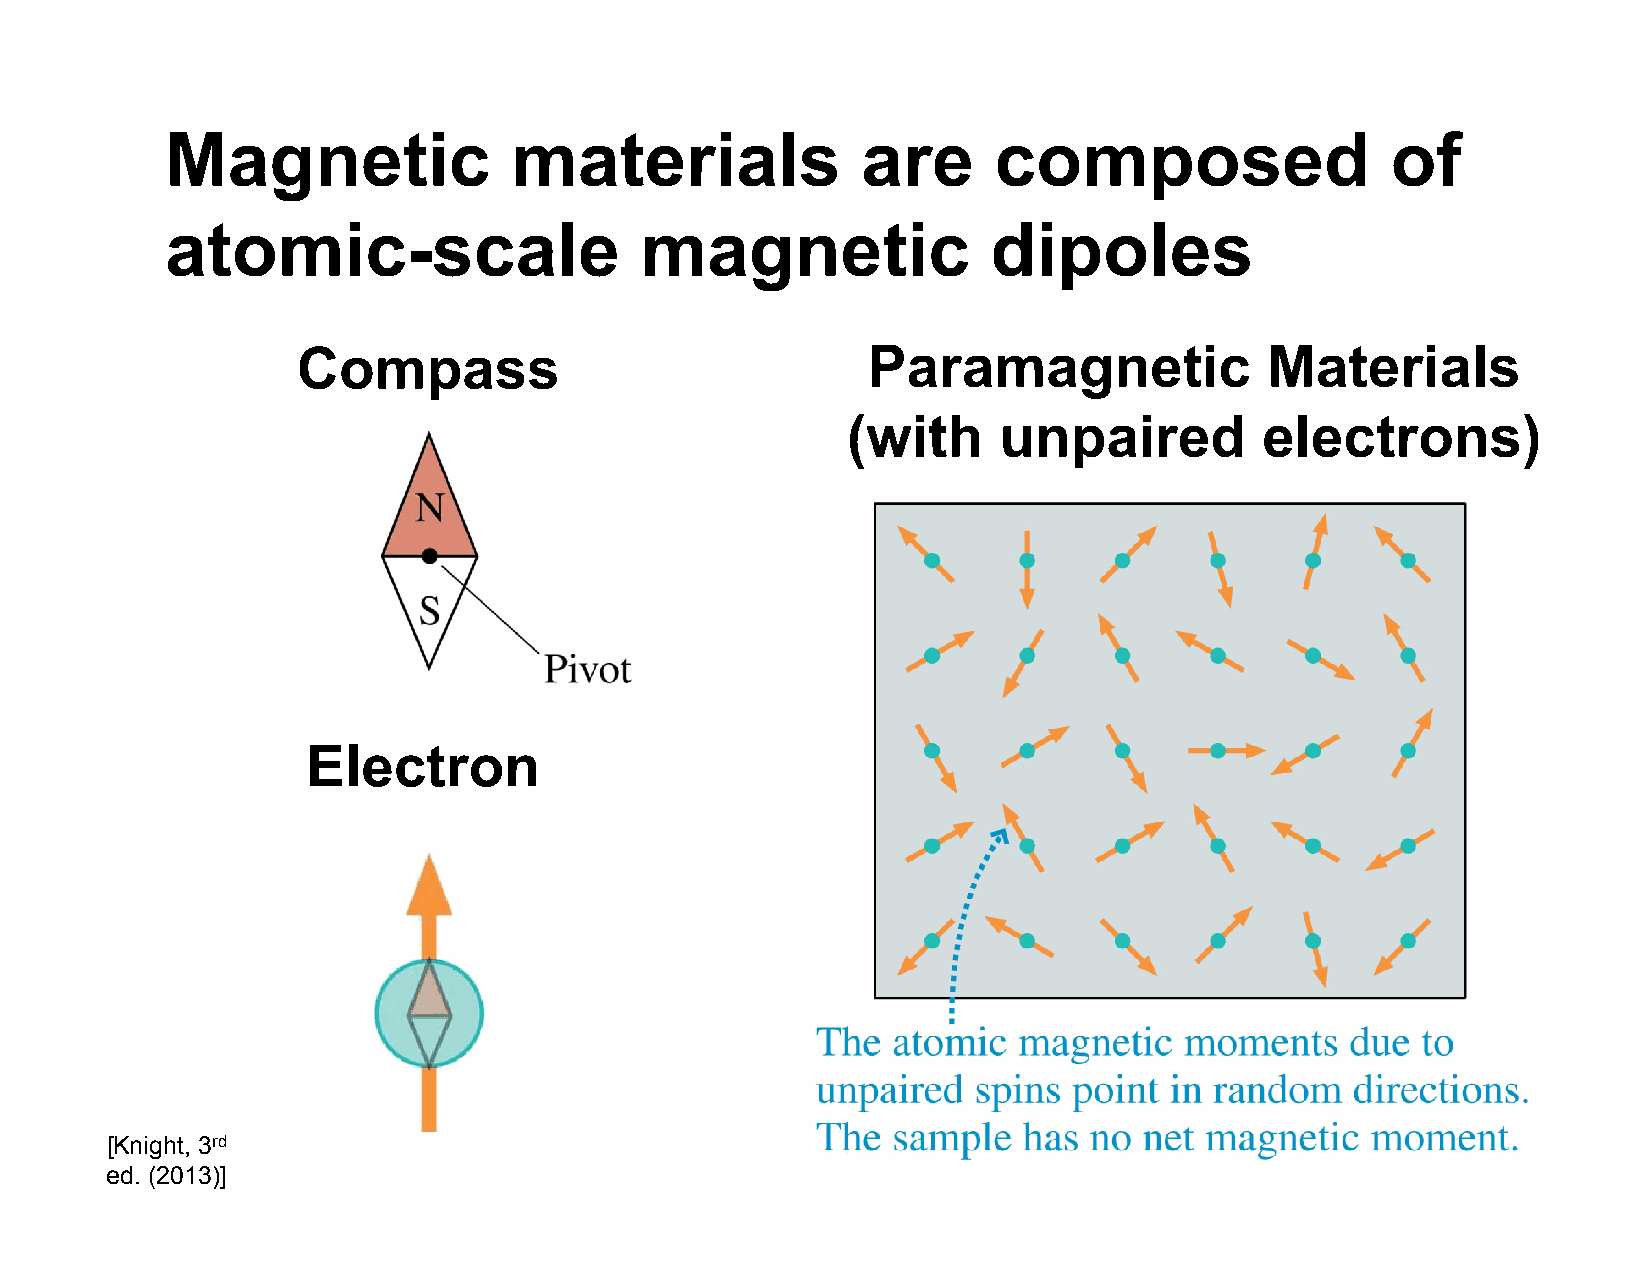
Magnetic               materials              are      composed                  of
 atomic-scale                   magnetic                dipoles
 Compass                              Paramagnetic               Materials
 (with     unpaired          electrons)
 Electron
 [Knight, 3rd
 ed. (2013)]